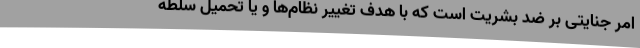
امر جنایتی بر ضد بشریت است که با هدف تغییر نظام‌ها و یا تحمیل سلطه